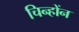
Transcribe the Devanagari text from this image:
चिन्होंन